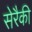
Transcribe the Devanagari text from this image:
सेरैकी